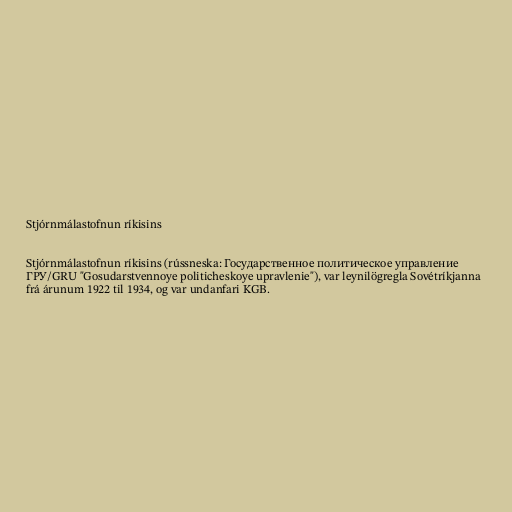
Stjórnmálastofnun ríkisins

Stjórnmálastofnun ríkisins (rússneska: Государственное политическое управление
ГРУ/GRU "Gosudarstvennoye politicheskoye upravlenie"), var leynilögregla Sovétríkjanna
frá árunum 1922 til 1934, og var undanfari KGB.